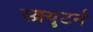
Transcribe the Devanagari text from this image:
स्क्र्युटर्न